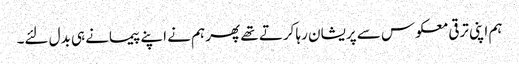
ہم اپنی ترقی معکوس سے پریشان رہا کرتے تھے پھر ہم نے اپنے پیمانے ہی بدل لئے۔